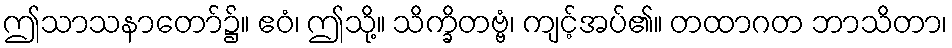
ဤသာသနာတော်၌။ ဧဝံ၊ ဤသို့။ သိက္ခိတဗ္ဗံ၊ ကျင့်အပ်၏။ တထာဂတ ဘာသိတာ၊